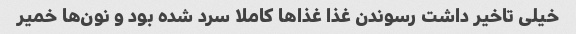
خیلی تاخیر داشت رسوندن غذا غذا‌ها کاملا سرد شده بود و نون‌ها خمیر